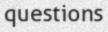
questions